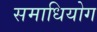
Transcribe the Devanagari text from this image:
समाधियोग